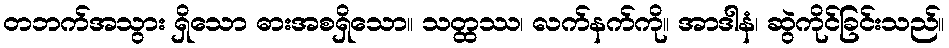
တဘက်အသွား ရှိသော ဓားအစရှိသော။ သတ္ထဿ၊ လက်နက်ကို။ အာဒါနံ၊ ဆွဲကိုင်ခြင်းသည်။